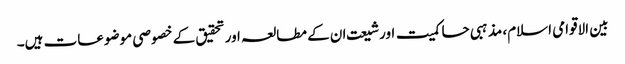
بین الاقوامی اسلام، مذہبی حاکمیت اورشیعت ان کے مطالعہ اورتحقیق کے خصوصی موضوعات ہیں۔